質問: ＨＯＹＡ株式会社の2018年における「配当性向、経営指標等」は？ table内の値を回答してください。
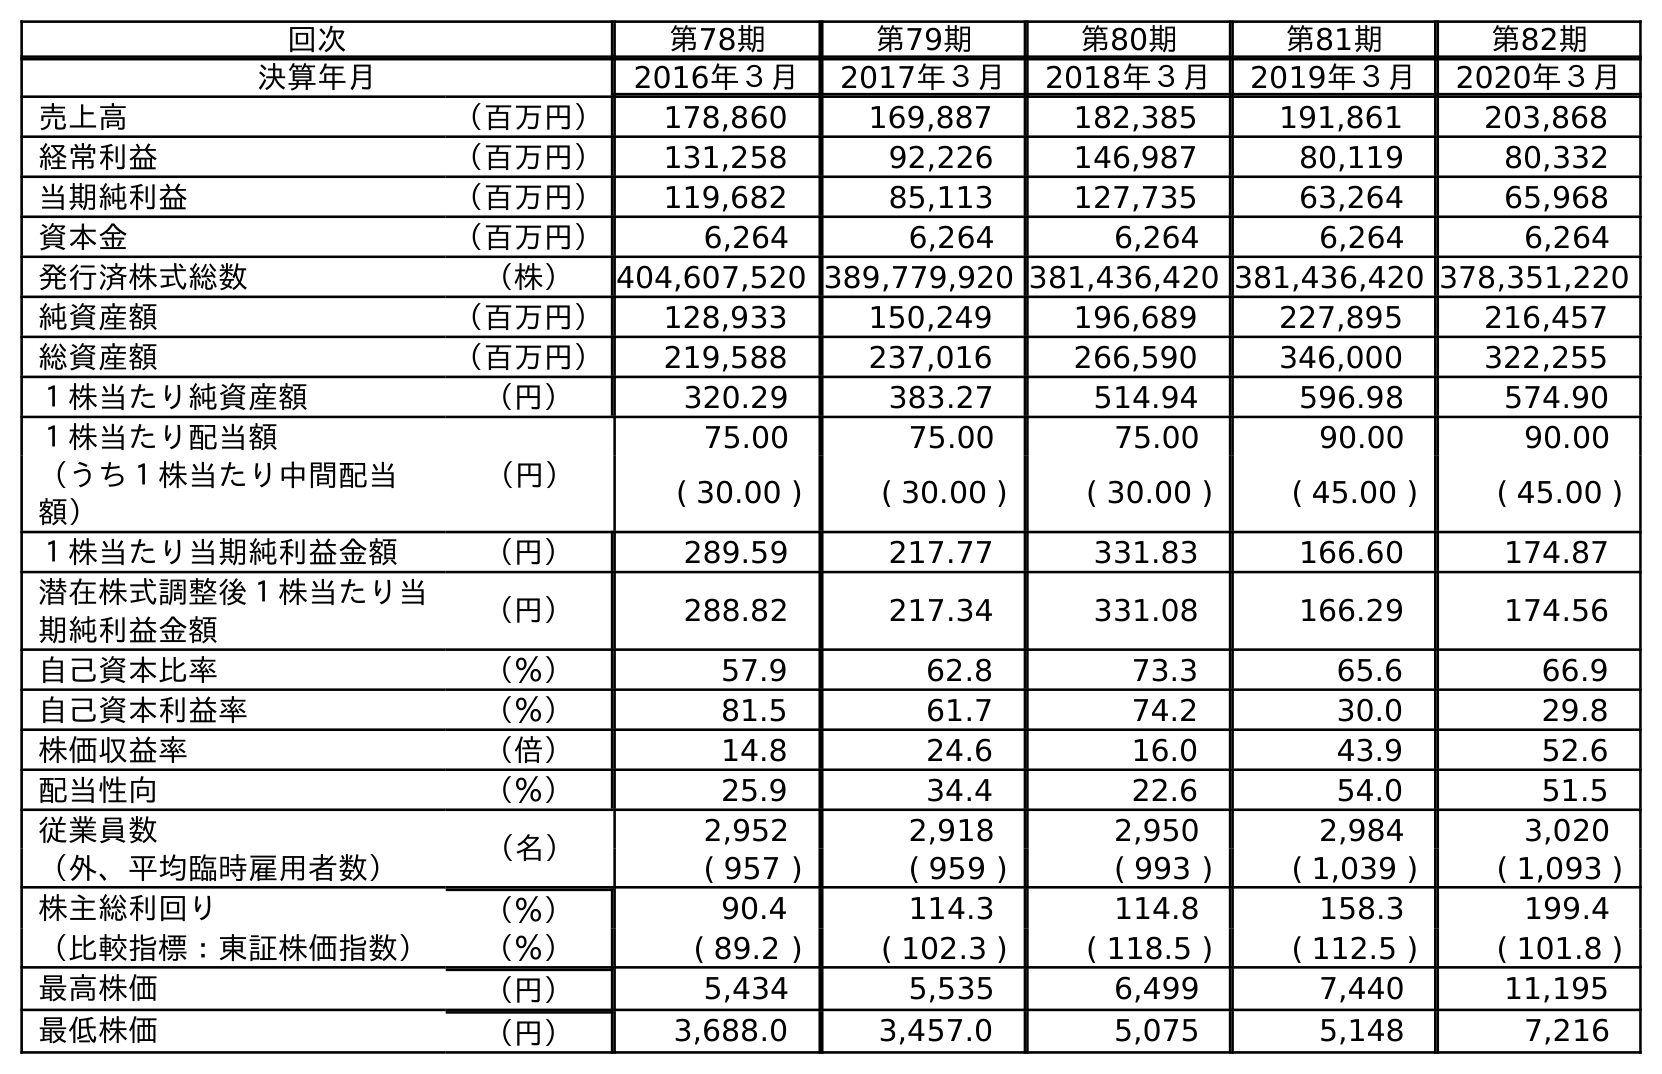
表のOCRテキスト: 回次 第78期 第79期 第80期 第81期 第82期 決算年月 2016年３月 2017年３月 2018年３月 2019年３月 2020年３月 売上高 （百万円） 178,860 169,887 182,385 191,861 203,868 経常利益 （百万円） 131,258 92,226 146,987 80,119 80,332 当期純利益 （百万円） 119,682 85,113 127,735 63,264 65,968 資本金 （百万円） 6,264 6,264 6,264 6,264 6,264 発行済株式総数 （株） 404,607,520 389,779,920 381,436,420 381,436,420 378,351,220 純資産額 （百万円） 128,933 150,249 196,689 227,895 216,457 総資産額 （百万円） 219,588 237,016 266,590 346,000 322,255 １株当たり純資産額 （円） 320.29 383.27 514.94 596.98 574.90 １株当たり配当額 （円） 75.00 75.00 75.00 90.00 90.00 （うち１株当たり中間配当 額） ( 30.00 ) ( 30.00 ) ( 30.00 ) ( 45.00 ) ( 45.00 ) １株当たり当期純利益金額 （円） 289.59 217.77 331.83 166.60 174.87 潜在株式調整後１株当たり当 期純利益金額 （円） 288.82 217.34 331.08 166.29 174.56 自己資本比率 （％） 57.9 62.8 73.3 65.6 66.9 自己資本利益率 （％） 81.5 61.7 74.2 30.0 29.8 株価収益率 （倍） 14.8 24.6 16.0 43.9 52.6 配当性向 （％） 25.9 34.4 22.6 54.0 51.5 従業員数 （名） 2,952 2,918 2,950 2,984 3,020 （外、平均臨時雇用者数） ( 957 ) ( 959 ) ( 993 ) ( 1,039 ) ( 1,093 ) 株主総利回り （％） 90.4 114.3 114.8 158.3 199.4 （比較指標：東証株価指数） （％） ( 89.2 ) ( 102.3 ) ( 118.5 ) ( 112.5 ) ( 101.8 ) 最高株価 （円） 5,434 5,535 6,499 7,440 11,195 最低株価 （円） 3,688.0 3,457.0 5,075 5,148 7,216
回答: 22.6